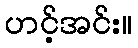
ဟင့်အင်း။